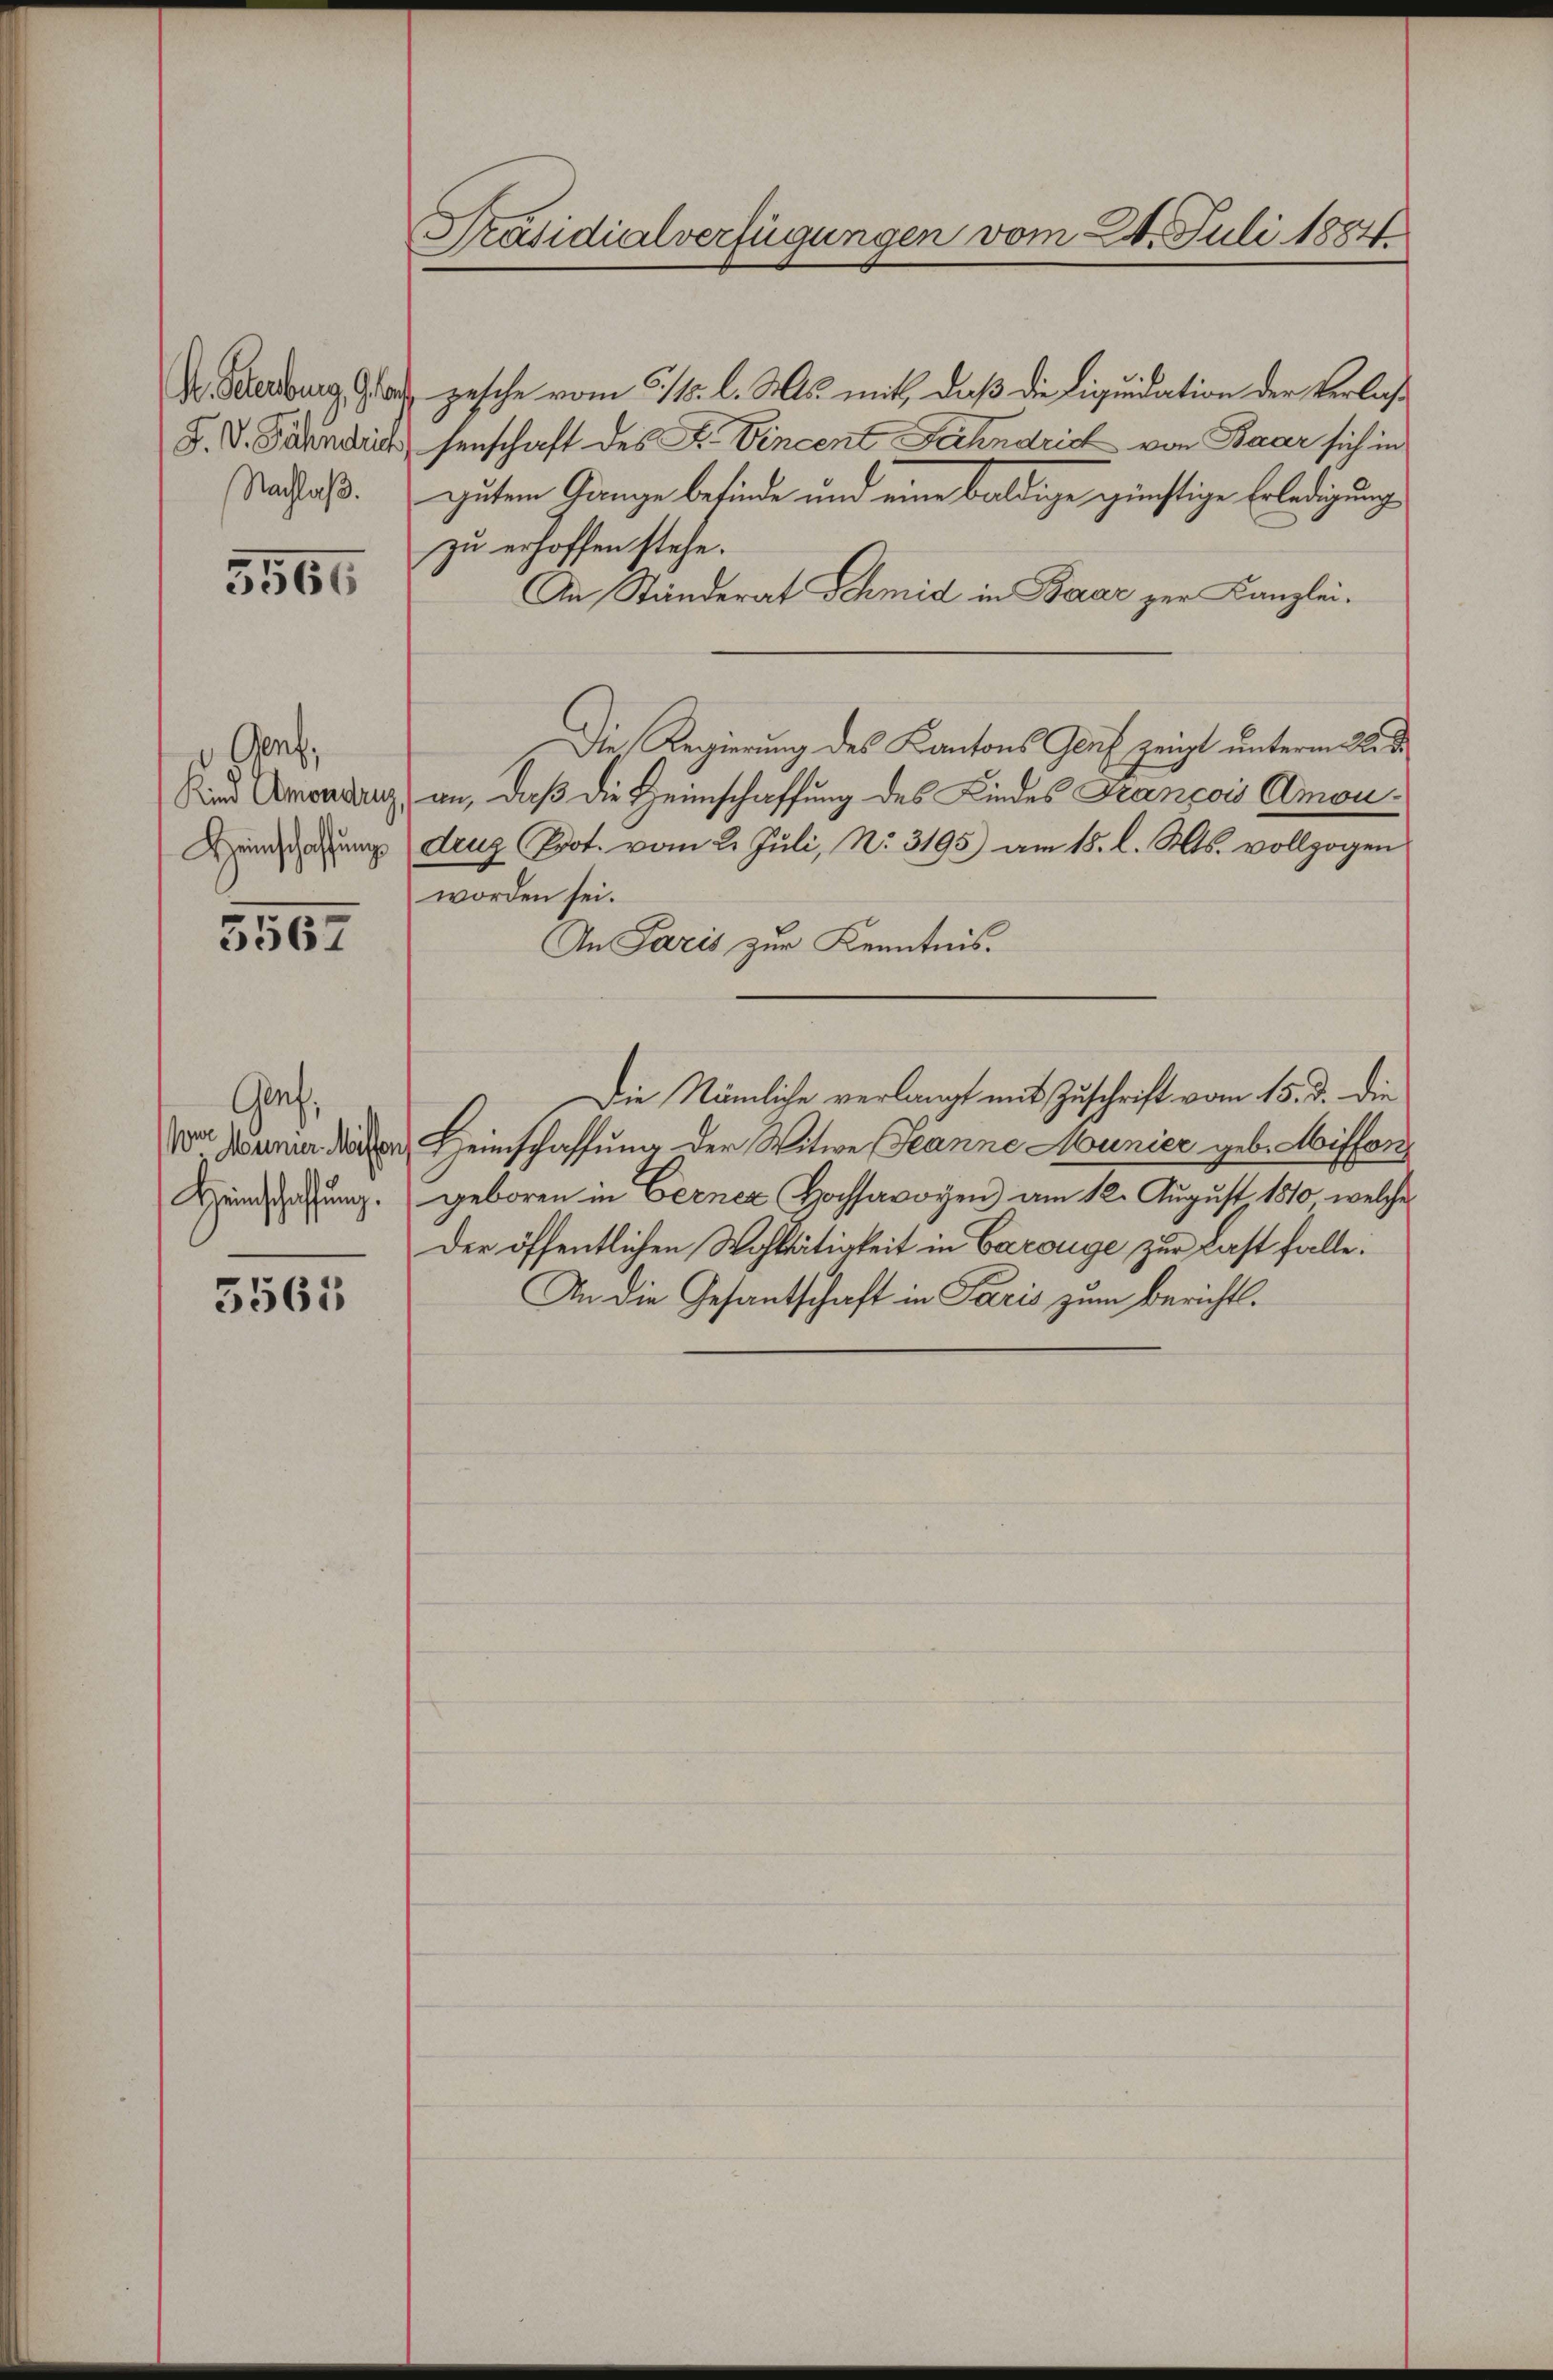
H. Schenburg, Glarus
J. V. Sehnstrich
Nachlaß.

5565

Gent,
Kind Amondruz
Heinschaffung

5562

Gref
or Munter Missen
Heinschaffung.

5561

Präsidialverfügungen vom 24. Juli 1884.

zesche vom 5/15. l. Mts. mit, daß die Liquidation der Verlaß
senschaft des F. Vincent Fahndrich von Baar sich in
gutem Gange befinde und eine baldige günstige Erledigung
zu erhoffen stehe.
An Ständerat Schmid in Baar zur Kanzlei.
Die Regierung des Kantons Genf zeigt unterm 22. d.
an, daß die Heimschaffung des Kindes François Amoudenz Prot. vom 21. Juli, No. 3195) am 15. l. Mts. vollzogen
worden sei.
An Paris zur Kenntnis.
Die Nämliche verlangt mit Zuschrift vom 15. d. die
Heimschaffung der Witwe Jeanne Munier geb. Misfor
geboren in Eerner Hochsavoyen) am 12. August 1810, welche
Der öffentlichen Wohltätigkeit in Carouge zur Last falle:
An die Gesantschaft in Paris zum Berichts¬